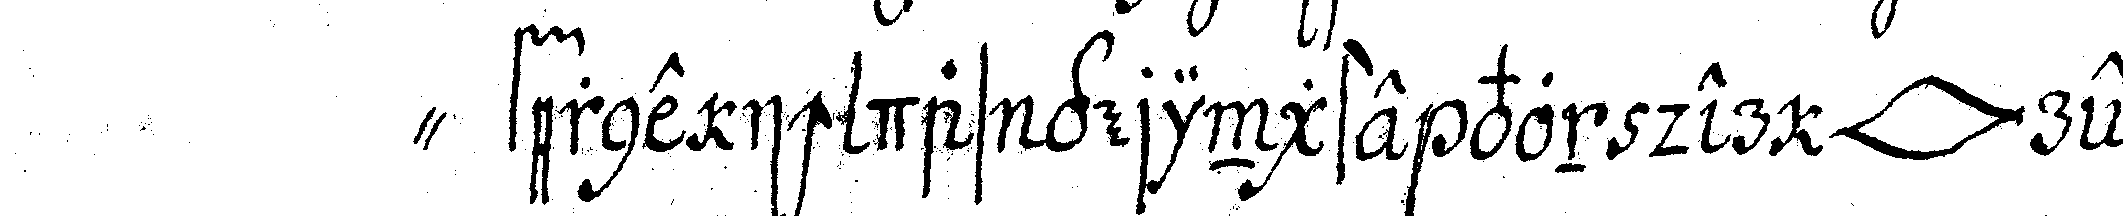
" ferne ich das geringste von der *lip* rey